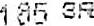
165 SR